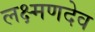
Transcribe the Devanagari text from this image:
लक्ष्‍मणदेव